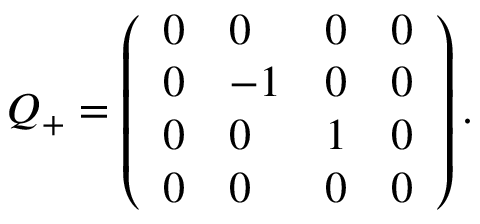
\begin{array} { r } { Q _ { + } = \left( \begin{array} { l l l l } { 0 } & { 0 } & { 0 } & { 0 } \\ { 0 } & { - 1 } & { 0 } & { 0 } \\ { 0 } & { 0 } & { 1 } & { 0 } \\ { 0 } & { 0 } & { 0 } & { 0 } \end{array} \right) . } \end{array}